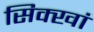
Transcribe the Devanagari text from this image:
सिक्खां